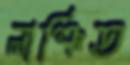
লাঞ্চিত